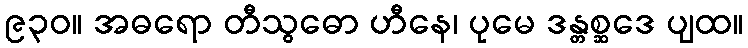
၉၃၀။ အဓရော တီသွဓော ဟီနေ၊ ပုမေ ဒန္တစ္ဆဒေ ပျထ။